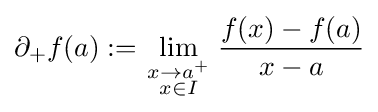
\partial _{+}f(a):=\lim _{\scriptstyle x\to a^{+} \atop \scriptstyle x\in I}{\frac {f(x)-f(a)}{x-a}}